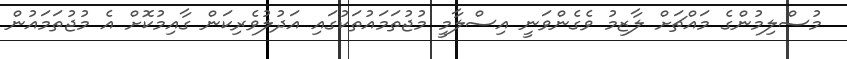
މުސްލިމުންގެ މައްޗަށް ލާޒިމު ވެގެންވަނީ އިސްލާމީ މުޖުތަމައުތަކުގައި އަދުލުވެރިކަން ގާއިމުކޮށް އެ މުޖުތަމައުން